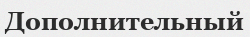
Дополнительный